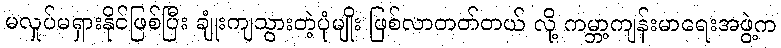
မလှုပ်မရှားနိုင်ဖြစ်ပြီး ချုံးကျသွားတဲ့ပုံမျိုး ဖြစ်လာတတ်တယ် လို့ ကမ္ဘာ့ကျန်းမာရေးအဖွဲ့က